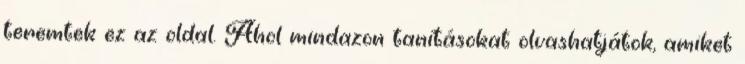
teremtek ez az oldal. Ahol mindazon tanításokat olvashatjátok, amiket